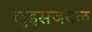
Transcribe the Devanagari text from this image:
लुइसजवळ